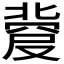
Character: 𠭼